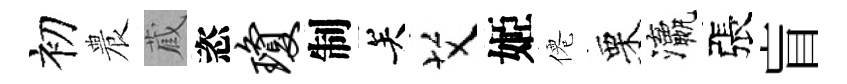
初農蔵恣琼制关艾姬僊栗瀛張盲